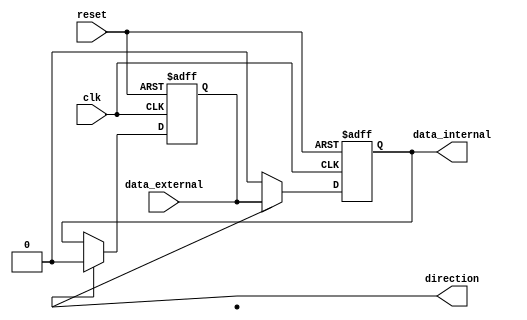
module IO_Block (
    input wire clk,
    input wire reset,
    input wire data_external,
    output wire data_internal,
    output wire direction
);

reg internal_buffer;
reg external_buffer;

always @(posedge clk or posedge reset) begin
    if (reset) begin
        internal_buffer <= 1'b0;
        external_buffer <= 1'b0;
    end else begin
        if (direction) begin
            internal_buffer <= data_external;
            external_buffer <= 1'b0;
        end else begin
            internal_buffer <= 1'b0;
            external_buffer <= data_internal;
        end
    end
end

assign data_internal = internal_buffer;
assign data_external = external_buffer;

endmodule